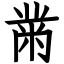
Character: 黹